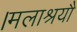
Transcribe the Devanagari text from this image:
।मलाश्रयौ